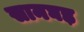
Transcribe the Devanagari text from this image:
सानघड़